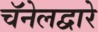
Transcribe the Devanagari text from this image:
चॅनेलद्वारे